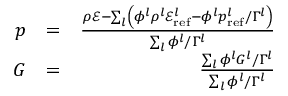
\begin{array} { r l r } { p } & { = } & { \frac { \rho \mathscr { E } - \sum _ { l } \left( \phi ^ { l } \rho ^ { l } \mathscr { E } _ { \mathrm { r e f } } ^ { l } - \phi ^ { l } p _ { \mathrm { r e f } } ^ { l } / \Gamma ^ { l } \right) } { \sum _ { l } \phi ^ { l } / \Gamma ^ { l } } } \\ { G } & { = } & { \frac { \sum _ { l } \phi ^ { l } G ^ { l } / \Gamma ^ { l } } { \sum _ { l } \phi ^ { l } / \Gamma ^ { l } } } \end{array}